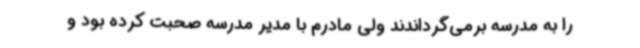
را به مدرسه برمی‌گرداندند ولی مادرم با مدیر مدرسه صحبت کرده بود و